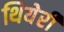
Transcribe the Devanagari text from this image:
थियेर्री